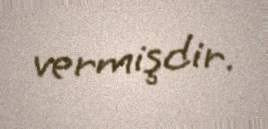
vermişdir.